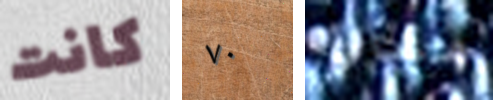
كانت ٧٠ هناك